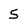
Character: 5